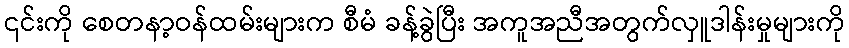
၎င်းကို စေတနာ့ဝန်ထမ်းများက စီမံ ခန့်ခွဲပြီး အကူအညီအတွက်လှူဒါန်းမှုများကို